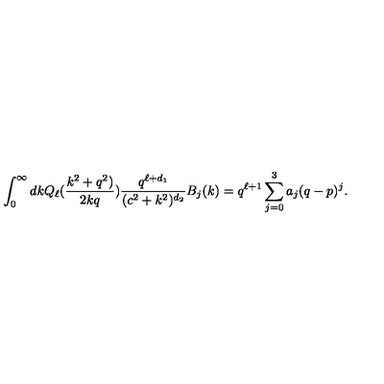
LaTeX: \int _ { 0 } ^ { \infty } d k Q _ { \ell } ( { \frac { k ^ { 2 } + q ^ { 2 } ) } { 2 k q } } ) { \frac { q ^ { \ell + d _ { 1 } } } { ( c ^ { 2 } + k ^ { 2 } ) ^ { d _ { 2 } } } } B _ { j } ( k ) = q ^ { \ell + 1 } \sum _ { j = 0 } ^ { 3 } a _ { j } ( q - p ) ^ { j } .